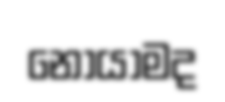
නොයාමද